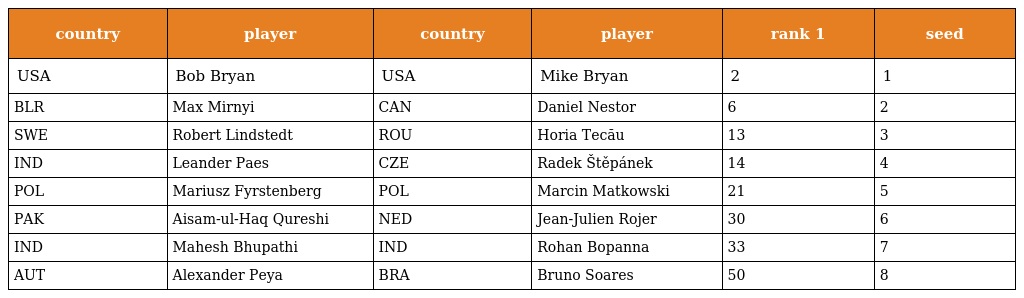
| country | player | country | player | rank 1 | seed |
 | --- | --- | --- | --- | --- | --- |
 | USA | Bob Bryan | USA | Mike Bryan | 2 | 1 |
 | BLR | Max Mirnyi | CAN | Daniel Nestor | 6 | 2 |
 | SWE | Robert Lindstedt | ROU | Horia Tecău | 13 | 3 |
 | IND | Leander Paes | CZE | Radek Štěpánek | 14 | 4 |
 | POL | Mariusz Fyrstenberg | POL | Marcin Matkowski | 21 | 5 |
 | PAK | Aisam-ul-Haq Qureshi | NED | Jean-Julien Rojer | 30 | 6 |
 | IND | Mahesh Bhupathi | IND | Rohan Bopanna | 33 | 7 |
 | AUT | Alexander Peya | BRA | Bruno Soares | 50 | 8 |